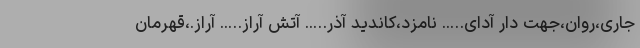
جاری،روان،جهت دار آدای….. نامزد،کاندید آذر….. آتش آراز….. آراز.،قهرمان